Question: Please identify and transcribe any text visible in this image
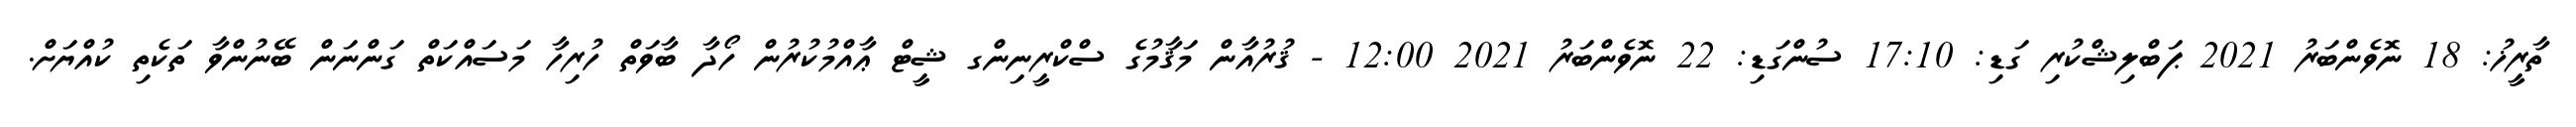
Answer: ތާރީޚު: 18 ނޮވެންބަރު 2021 ޕަބްލިޝްކުރި ގަޑި: 17:10 ސުންގަޑި: 22 ނޮވެންބަރު 2021 12:00 - ޤުރުއާން މަޤާމުގެ ސްކްރީނިންގ ޝީޓް ޢާއްމުކުރުން ހޯދާ ބާވަތް ހުރިހާ މަސައްކަތް ގަންނަން ބޭނުންވާ ތަކެތި ކުއްޔަށް.